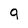
Character: 9